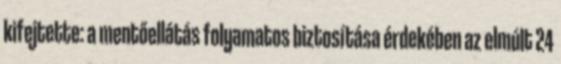
kifejtette: a mentőellátás folyamatos biztosítása érdekében az elmúlt 24